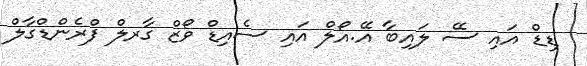
ޑިޑް އައި ސޭ ލައިބާ އޭ.އޯލް އައި ސެއިޑް ވޯޒް ގާރލް ފްރެންޑްގާލް